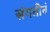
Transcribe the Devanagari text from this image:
संगतीनं